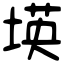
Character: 𡎘